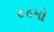
૪૯મો